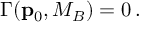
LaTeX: \Gamma ( { \bf p } _ { 0 } , M _ { B } ) = 0 \, .